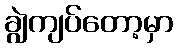
ချွဲကျပ်တော့မှာ